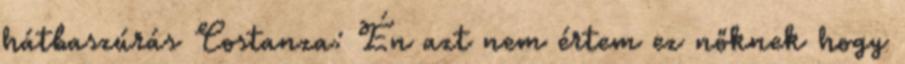
hátbaszúrás Costanza: Én azt nem értem ez nőknek hogy